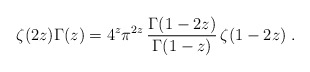
\begin{align*}\zeta(2z)\Gamma(z)=4^{z}\pi^{2z}\,\frac{\Gamma(1-2z)}{\Gamma(1-z)}\,\zeta(1-2z)\; .\end{align*}